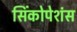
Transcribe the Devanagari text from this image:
सिंकोपेशंस